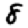
Digit: 8